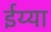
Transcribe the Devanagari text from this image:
ईय्या